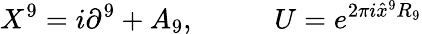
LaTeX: X^{9}=i\partial^{9}+A_{9},\; \; \; \; \; \; \; \; \; \; U=e^{2\pi i\hat{x}^{9}R_{9}}